Vaccination in Bombay 1863-1868 - 1863-1868
Year: 1863
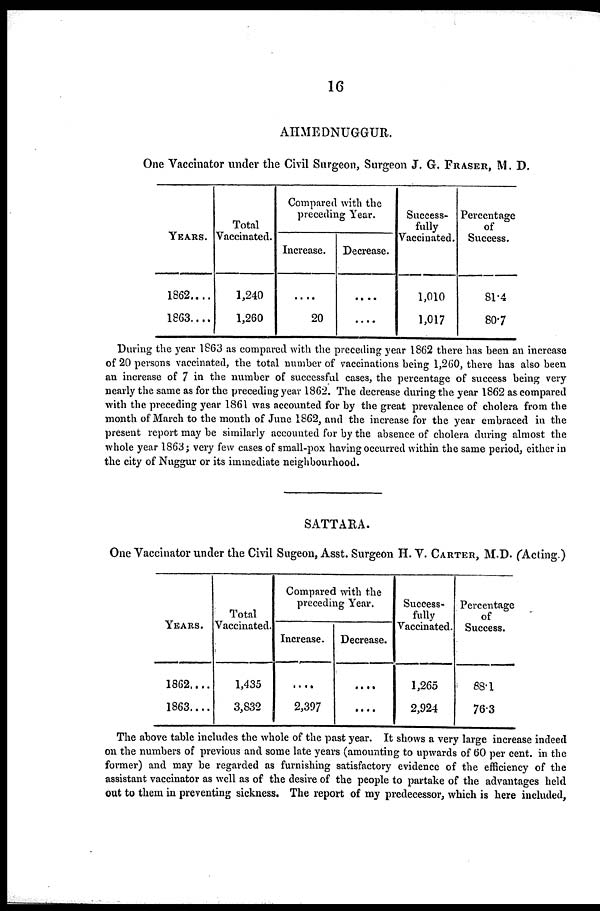
16
AHMEDNUGGUR.
One Vaccinator under the Civil Surgeon, Surgeon J. G. FRASER, M. D.
YEARS.
1862....
1863....
Total
Vaccinated.
1,240
1,260
Compared with the
preceding Year.
Increase.
....
20
Decrease.
....
....
Success-
fully
Vaccinated.
1,010
1,017
Percentage
of
Success.
81.4
80.7
During the year 1863 as compared with the preceding year 1862 there has been an increase
of 20 persons vaccinated, the total number of vaccinations being 1,260, there has also been
an increase of 7 in the number of successful cases, the percentage of success being very
nearly the same as for the preceding year 1862. The decrease during the year 1862 as compared
with the preceding year 1861 was accounted for by the great prevalence of cholera from the
month of March to the month of June 1862, and the increase for the year embraced in the
present report may be similarly accounted for by the absence of cholera during almost the
whole year 1863 ; very few cases of small-pox having occurred within the same period, either in
the city of Nuggur or its immediate neighbourhood.
SATTARA.
One Vaccinator under the Civil Sugeon, Asst. Surgeon H. V. CARTER, M.D. (Acting.)
YEARS.
1862....
1863....
Total
Vaccinated.
1,435
3,832
Compared with the
preceding Year.
Increase.
....
2,397
Decrease.
....
....
Success-
fully
Vaccinated.
1,265
2,924
Percentage
of
Success.
88.1
76.3
The above table includes the whole of the past year. It shows a very large increase indeed
on the numbers of previous and some late years (amounting to upwards of 60 per cent. in the
former) and may be regarded as furnishing satisfactory evidence of the efficiency of the
assistant vaccinator as well as of the desire of the people to partake of the advantages held
out to them in preventing sickness. The report of my predecessor, which is here included,